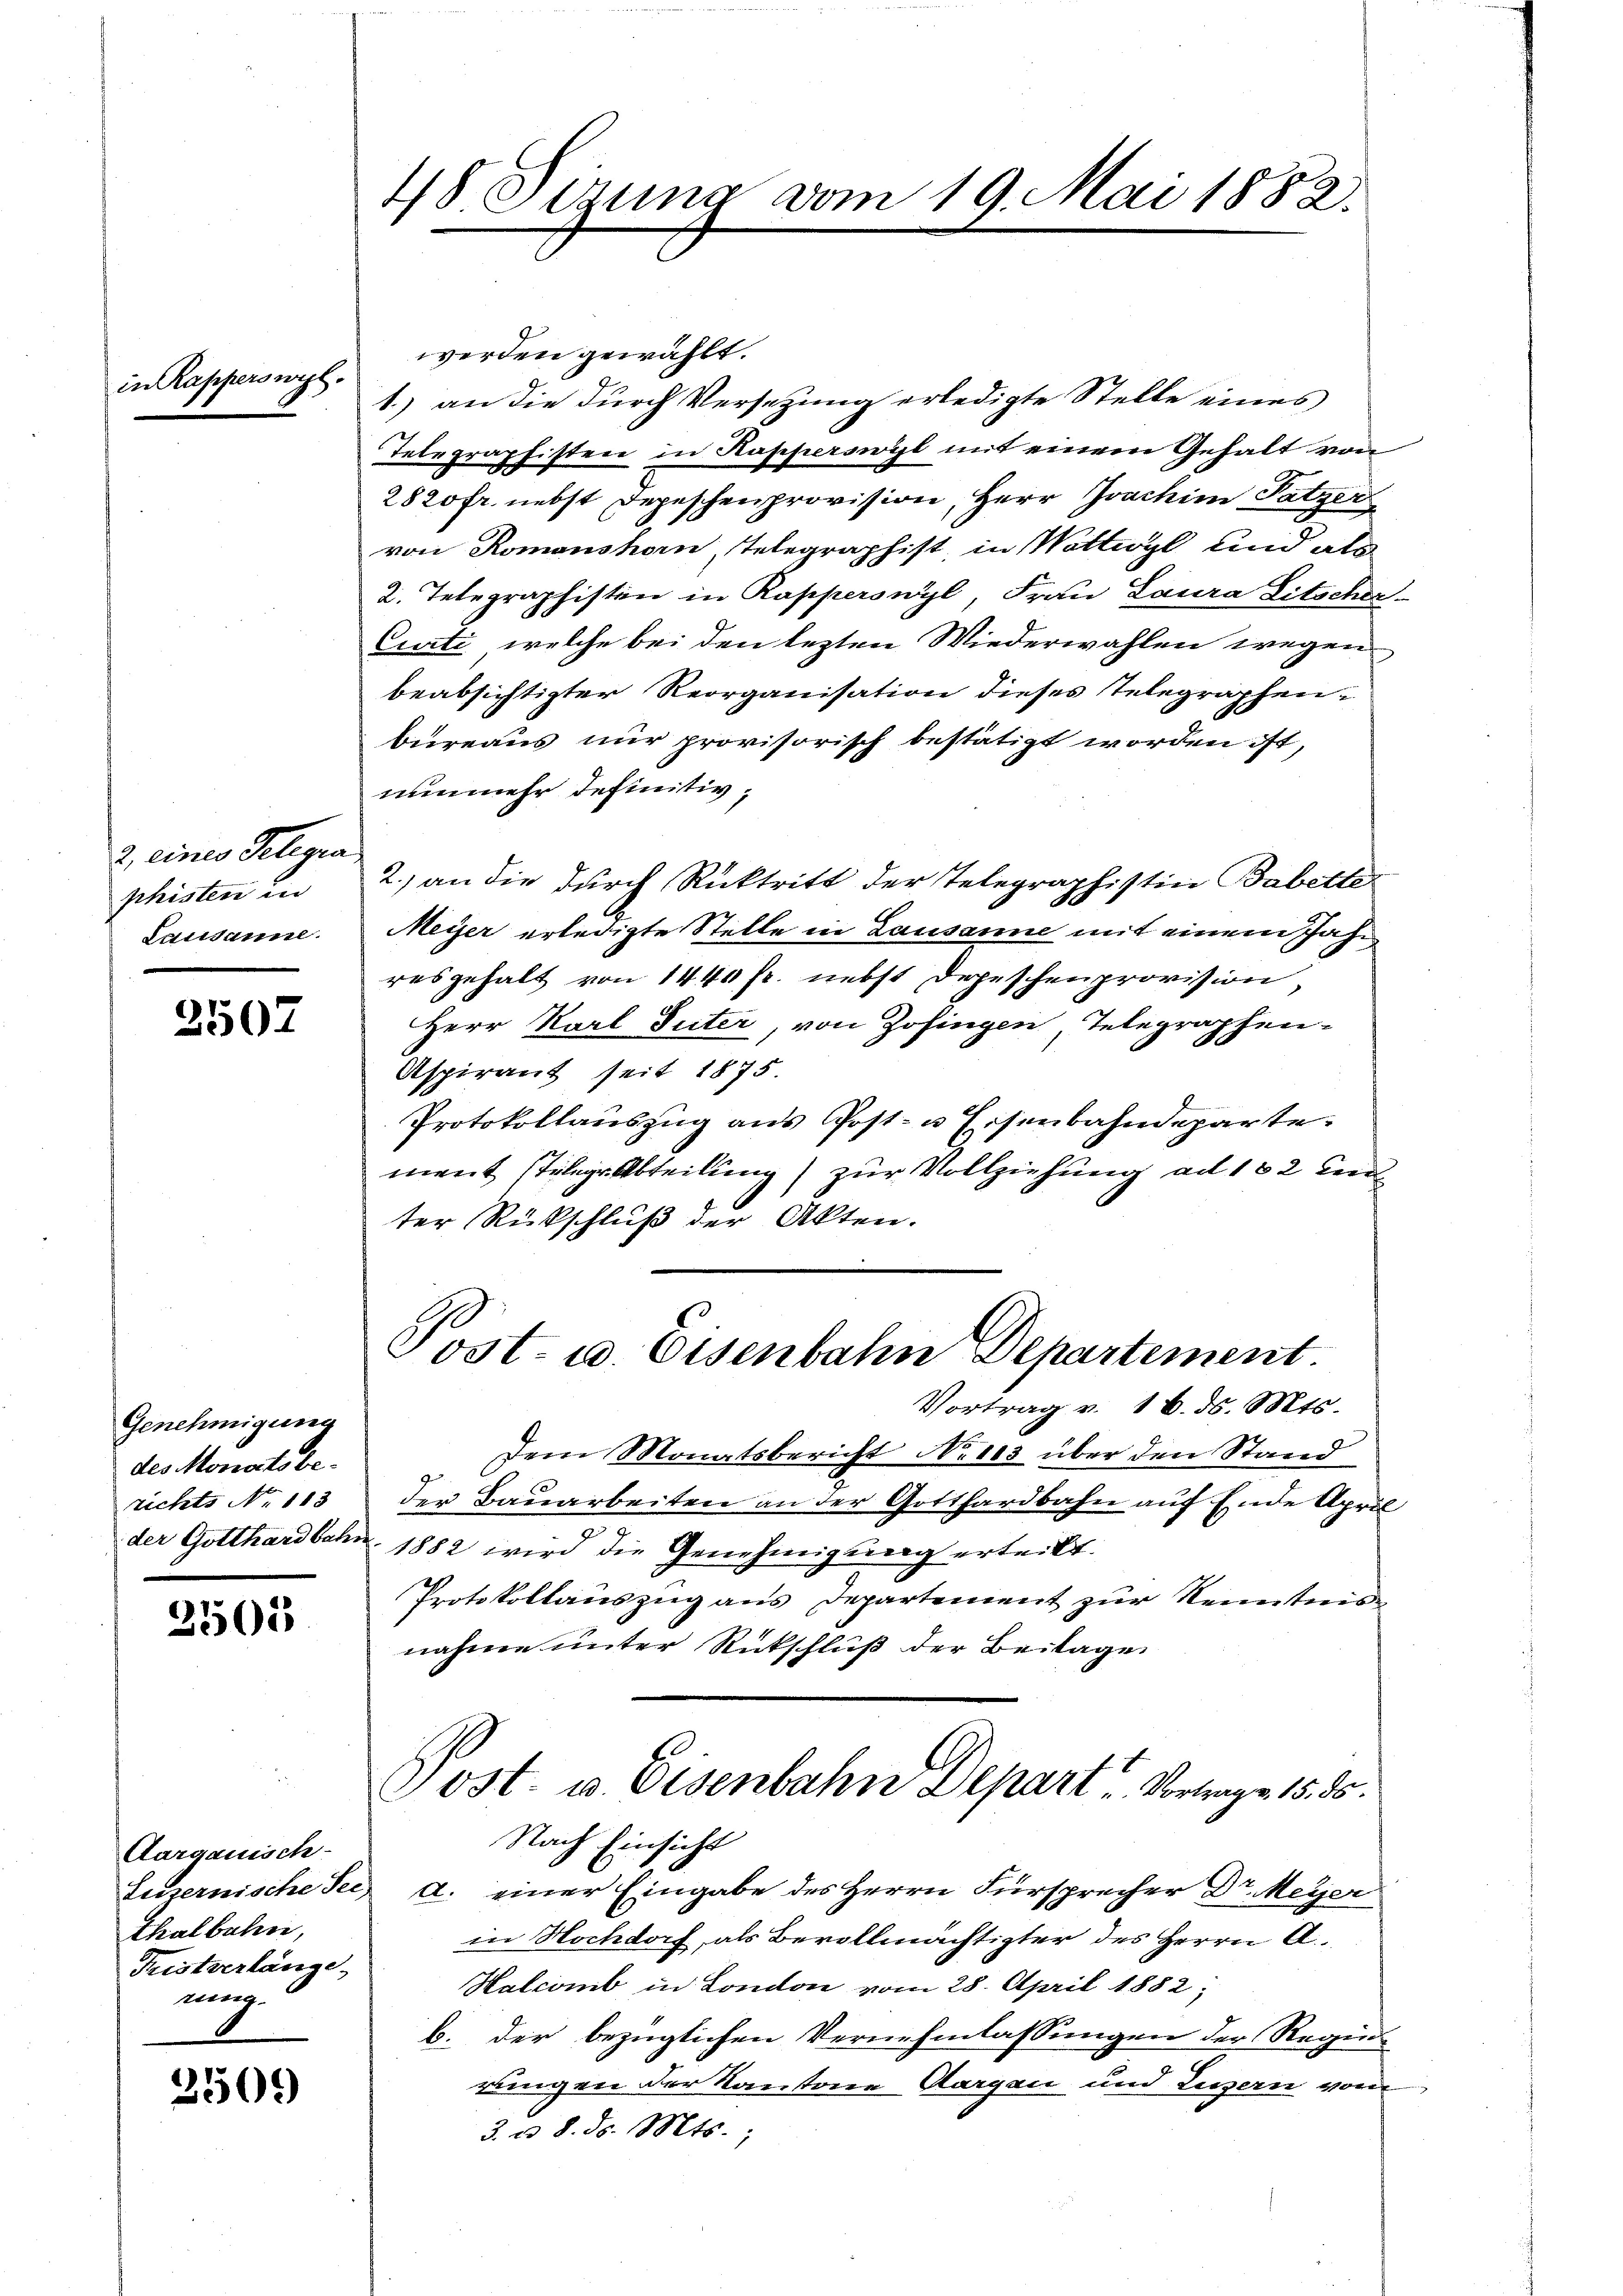
in Rapperswyl.

2. eines Gelegra
phisten in
Lausanne.

2507

Genehmigung
des Monoto be-
richts No 113
der Gotthardbahn

2501

Aargauisch-
Luzernische See,
Thalbahre,
Fristverlänge
nung.

2509

48. Sizung vom 19. Mai 1882.

werden gewählt.
1.) an die durch Versetzung erledigte Stelle eines
Telegraphisten in Kapperswyl mit einem Gehalt von
2820fr. nebst Depeschenprovision, Herr Joachine Patzer
von Romanshorn, Telegraphist in Wattwyl und als
2. Telegraphisten in Rapperswyl, Frau Laura Litscher
Curti, welche bei den letzten Wiederwahlen wegen
beabsichtigter Reorganisation dieses Telegraphenbureaus nur provisorisch bestätigt worden ist,
nunmehr definitiv¬
2.) an die durch Rücktritt der Telegraphistin Babette
Meyer erledigte Stelle in Lausanne mit einem Jahr
resgehalt von 1440 fr. nebst Depeschenprovision,
Herr Karl Suter, von Zofingen, Telegraphen¬
Aspirant seit 1875
Protokollauszug aus Post- u. Eisenbahndeparte.
mant stilige Abteilung) zur Vollziehung ad 182 Tende
ter Rückschluß der Akten.
Post- u. Eisenbahn Departement
Vortrag v. 16. ds. Mts.
Dem Monatsbericht No 103 über den Stand
der Bauarbeiten an der Gotthardbahn auf Ende April
1882 wird die Genehmigung erteilt.
Protokollauszug aus Departement zur Kenntnis
nahme unter Rütschluß der Beitagen
Post. v. Eisenbahn Depart. Vortrage 1585.
Nach Einsicht
a. einer Eingabe des Herrn Fürsprecher Dr. Meyer
in Noch doch, als Bevollmächtigter des Herrn A
Halcomb in London vom 28. April 1882;
b. der bezüglichen Vernehmlassungen der Regins
rungen der Kantone Aargau und Luzern vom
3. d. 8. d. Mts.,